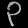
Digit: ၃